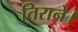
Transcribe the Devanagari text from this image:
तिराने।